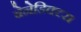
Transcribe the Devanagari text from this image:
बेनेडिक्टस